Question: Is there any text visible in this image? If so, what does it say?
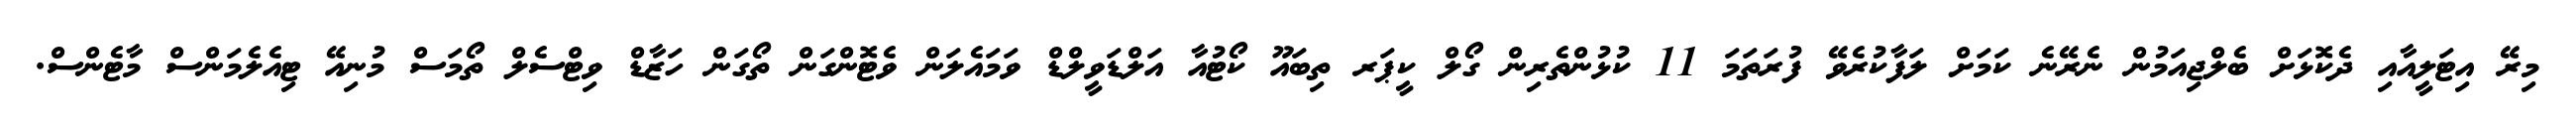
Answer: މިރޭ އިޓަލީއާއި ދެކޮޅަށް ބެލްޖިއަމުން ނެރޭނެ ކަމަށް ލަފާކުރެވޭ ފުރަތަމަ 11 ކުޅުންތެރިން ގޯލް ކީޕަރ ތިބައޫ ކޯޓުއާ އަލްޑަވީލްޑް ވަމައެލަން ވެޓޮންގަން ތޯގަން ހަޒާޑް ވިޓްސެލް ތޯމަސް މުނިއޭ ޓިއެލެމަންސް މާޓެންސް.